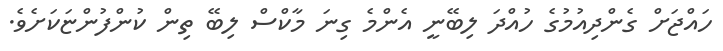
ހައްޖަށް ގެންދިއުމުގެ ހުއްދަ ލިބޭނީ އެންމެ ގިނަ މާކްސް ލިބޭ ތިން ކުންފުންޏަކަށެވެ.